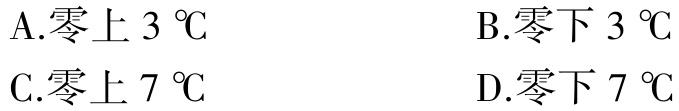
A.零上 \(3\ ^{\circ}\text{C}\)
B.零下 \(3\ ^{\circ}\text{C}\)
C.零上 \(7\ ^{\circ}\text{C}\)
D.零下 \(7\ ^{\circ}\text{C}\)